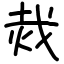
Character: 烖